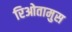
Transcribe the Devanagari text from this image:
रिओतामुस